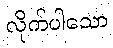
လိုက်ပါသော